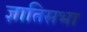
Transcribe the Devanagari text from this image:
ज्ञातिसभा